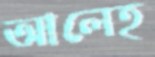
আলেহ